Account of plague administration in the Bombay Presidency from September 1896 till May 1897
Year: 1896
Disease focus: Plague
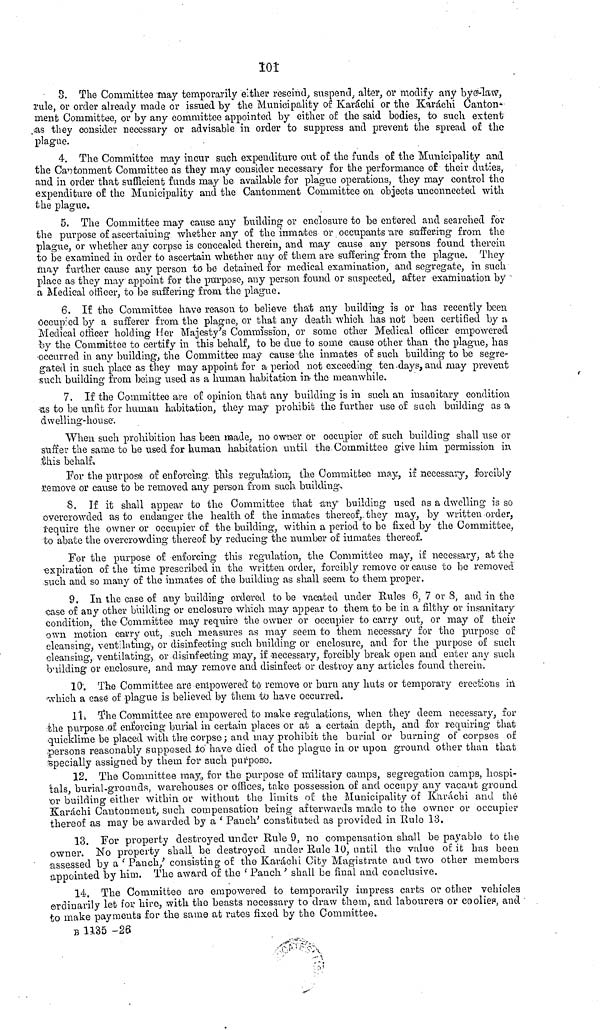
101
S. The Committee may temporarily either rescind, suspend, alter, or modify any bye-law,
rule, or order already made or issued by the Municipality of Karachi or the Karachi Canton-
ment Committee, or by any committee appointed by either of the said bodies, to such extent
as they consider necessary or advisable in order to suppress and prevent the spread of the
plague.
4. The Committee may incur such expenditure out of the funds of the Municipality and
the Cantonment Committee as they may consider necessary for the performance of their duties,
and in order that sufficient funds may be available for plague operations, they may control the
expenditure of the Municipality and the Cantonment Committee on objects unconnected with
the plague.
5. The Committee may cause any building or enclosure to be entered and searched for
the purpose of ascertaining whether any of the inmates or occupants 'are suffering from the
plague, or whether any corpse is concealed therein, and may cause any persons found therein
to be examined in order to ascertain whether any of them are suffering from the plague. They
may further cause any person to be detained for medical examination, and segregate, in such
place as they may appoint for the purpose, any person found or suspected, after examination by
a Medical officer, to be suffering from the plague.
6. If the Committee have reason to believe that any building is or has recently been
Occupied by a sufferer from the plague, or that any death which has not been certified by a
Medical officer holding Her Majesty's Commission, or some other Medical officer empowered
fey the Committee to certify in this behalf, to be due to some cause other than the plague, has
occurred in any building, the Committee may cause the inmates of such building to be segre-
gated in such place as they may appoint for a period not exceeding ten -days, and may prevent
such building from being used as a human habitation in- the meanwhile.
7. If the Committee are of opinion that any building is in such an insanitary condition
as to be unfit for human habitation, they may prohibit the further use of such building as a
dwelling-house.
When such prohibition has been made, no owner or occupier of such building shall use or
suffer the same to be used for human habitation until the. Committee give him permission in
this behalf.
For the purpose of enforcing this regulation:, the Committee may, if necessary, forcibly
remove or cause to be removed any person from such buildings
8. If it shall appear to the Committee that any building used as a dwelling is so
overcrowded as to endanger the health of the inmates thereof, they may, by written order,
require the owner or occupier of the building, within a period to be fixed by the Committee,
to abate the overcrowding thereof by reducing the number of inmates thereof.
For the purpose of enforcing this regulation, the Committee may, if necessary, at the
expiration of the time prescribed in the written order, forcibly remove or cause to be removed
such and so many of the inmates of the building as shall seem to them proper,
9. In the case of any building ordered to be vacated under Rules 6, 7 or 8, and in the
case of any other building or enclosure which may appear to them to be in a filthy or insanitary
condition, the· Committee may require the owner or occupier to carry out, or may of their
own motion carry out, such measures as may seem to them necessary for the purpose of
cleansing, ventilating, or disinfecting such building or enclosure, and for the purpose of such
cleansing, ventilating, or disinfecting may, if -necessary, forcibly break open and enter any such
building or enclosure, and may remove and disinfect or destroy any articles found therein.
10. The Committee are empowered to remove or burn any huts or temporary erections in
which a case of plague is believed by them to have occurred.
It. The Committee are empowered to make regulations, when they deem necessary, for
the purpose of enforcing burial in certain places or at a certain depth, and for requiring that
quicklime be placed with the corpse ; and may prohibit the burial or burning of corpses of
persons reasonably supposed to have died of the plague in or upon ground other than that
specially assigned by them for such purpose.
12. The Committee may., for the purpose of military camps, segregation camps, hospi-
tals, burial-grounds, warehouses or offices, take possession of and occupy any vacaut ground
or building either within or without the limits of the Municipality of Karachi and thé
Karachi Cantonment, such compensation being afterwards made to the owner or occupier
thereof as may be awarded by a ' Panch' constituted as provided in Rule 13.
13. For property destroyed under Rule 9, no compensation shall be payable to the
owner. No property shall be destroyed under Rule 10, until the value of it has been
assessed by a ' Panch,' consisting of the Karachi City Magistrate and two other members
appointed by him. The award of the ' Panch ' shall be final and conclusive.
14. The Committee are empowered to temporarily impress carts or other vehicles
ordinarily let for hire, with the beasts necessary to draw them, and labourers or coolies, and
to make payments for the same ab rates fixed by the Committee,
B 1135 -26